Burma Government Medical School reports 1923-41
Year: 1923
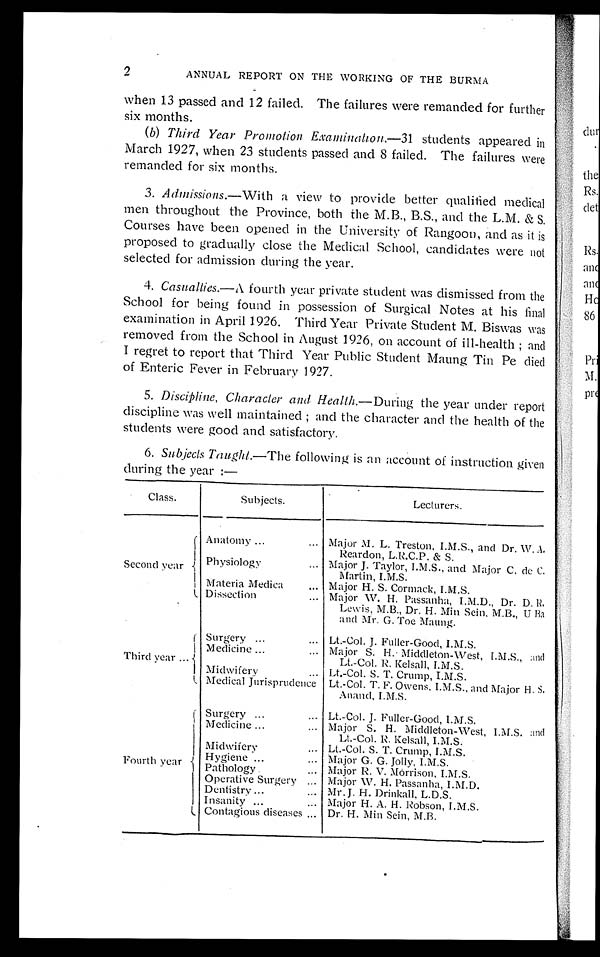
2
ANNUAL REPORT ON THE WORKING OF THE BURMA
when 13 passed and 12 failed. The failures were remanded for further
six months.
(b) Third Year Promotion Examination.— 31 students appeared in
March 1927, when 23 students passed and 8 failed. The failures were
remanded for six months.
3 . Admissions.— With a view to provide better qualified medical
men throughout the Province, both the M.B., B.S., and the L.M. & S.
Courses have been opened in the University of Rangoon, and as it is
proposed to gradually close the Medical School, candidates were not
selected for admission during the year.
4. Casualties.— A fourth year private student was dismissed from the
School for being found in possession of Surgical Notes at his final
examination in April 1926. Third Year Private Student M. Biswas was
removed from the School in August 1926, on account of ill-health; and
I regret to report that Third Year Public Student Maung Tin Pe died
of Enteric Fever in February 1927.
5.
Discipline, Character and Health .—During the year under report
discipline was well maintained; and the character and the health of the
students were good and satisfactory.
6.
Subjects Taught.— The following is an account of instruction given
during the year :—
Class.
Subjects.
Lecturers.
Second y ear
Anatomy . . . Major M. L. Treston, I.M.S., and Dr. W. A.
Reardon, L.R.C.P. & S.
Physiology . . . Major J. Taylor, I.M.S., and Major C. de C.
Martin, I.M.S.
Materia Medica . . . Major H. S. Cormack, I.M.S.
Dissection . . . Major W . H. Passanha, I.M.D., Dr. D. R.
Lewis, M.B., Dr. H. Min Sein, M.B., U Ba
and Mr. G. Toe Maung.
Third year . . .
Surgery . . .
Lt.-Col. J. Fuller-Good, I.M.S.
Medicine . . .
Major S.H. Middleton-west, I.M.S., and
Lt.-Col. R. Kelsall, I.M.S.
Midwifery . . .
Lt.-Col. S. T. Crump, I.M.S.
Medical Jurisprudence
Lt.-Col. T. F. Owens, I.M.S., and Major H. S.
Anand, I.M.S.
Fourth year
Surgery . . .
Lt.-Col. J. Fuller-Good, I.M.S.
Medicine . . .
Major S. H. Middleton-West, I.M.S. and
Lt.-Col. R. Kelsall, I.M.S.
Midwifery . . .
Lt.-Col. S. T. Crump, I.M.S.
Hygiene . . .
Major G. G. Jolly, I.M.S.
Pathology . . .
Major R. V. Morrison, I.M.S.
Operative Surgery . . .
Major W. H. Passanha, I.M.D.
Dentistry . . .
Mr. J. H. Drinkall, L.D.S.
Insanity . . .
Major H. A. H. Robson, I.M.S.
Contagious diseases . . .
Dr. H. Min Sein, M.B.